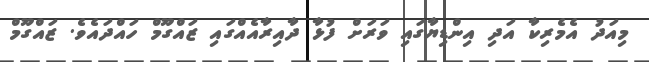
މިއަދު އެމެރިކާ އަދި އިންޑިޔާގައި ވަރަށް ފުޅާ ދާއިރާއެއްގައި ޒައްގޫމް ހައްދައެވެ. ޒައްގޫމް